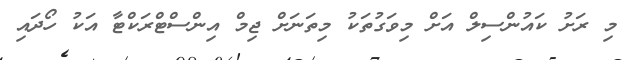
މި ރަށު ކައުންސިލް އަށް މިވަގުތަކު މިތަނަށް ޖިމް އިންސްޓްރަކްޓާ އަކު ހޯދައި